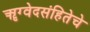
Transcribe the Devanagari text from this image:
ॠग्वेदसंहितेचे